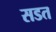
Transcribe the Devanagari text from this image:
सडत